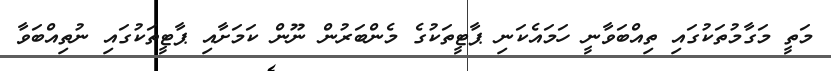
މަތީ މަގާމުތަކުގައި ތިއްބަވާނީ ހަމައެކަނި ޕާޓީތަކުގެ މެންބަރުން ނޫން ކަމަށާއި ޕާޓީތަކުގައި ނުތިއްބަވާ